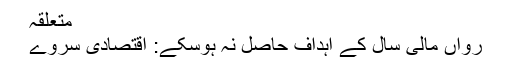
متعلقہ
رواں مالی سال کے اہداف حاصل نہ ہوسکے: اقتصادی سروے